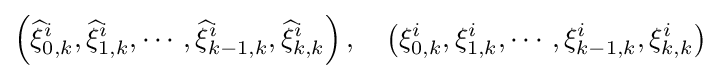
\left({\widehat {\xi }}_{0,k}^{i},{\widehat {\xi }}_{1,k}^{i},\cdots ,{\widehat {\xi }}_{k-1,k}^{i},{\widehat {\xi }}_{k,k}^{i}\right),\quad \left(\xi _{0,k}^{i},\xi _{1,k}^{i},\cdots ,\xi _{k-1,k}^{i},\xi _{k,k}^{i}\right)